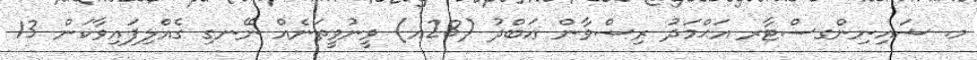
މ. ޝައިނިންގސްޓާރ އަޙްމަދު ރިޟްވާން ޢަބްދު (28އ) ވީނުވީތަނެއް ނޭނގި ގެއްލިފައިވާކަން 13